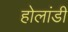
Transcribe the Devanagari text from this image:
होलांडी